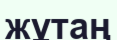
жұтаң